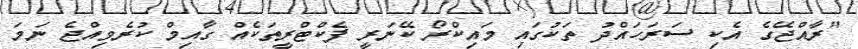
"ރާއްޖޭގެ އެކި ސަރަހައްދު ތަކުގައި މައިކްރޯ ކޭނަރީ ފެކްޓްރީތަކެއް ގާއިމް ކުރެވިއްޖެ ނަމަ